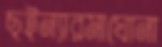
ছইন্যারমাঘোনা